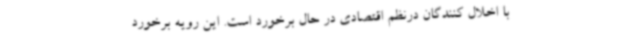
با اخلال کنندگان درنظم اقتصادی در حال برخورد است. این رویه برخورد